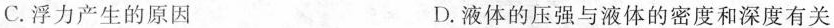
C.浮力产生的原因 D.液体的压强与液体的密度和深度有关